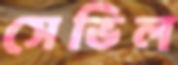
সেভিল